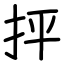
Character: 抨